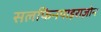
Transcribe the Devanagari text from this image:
सलफिनपाइराज़ोन